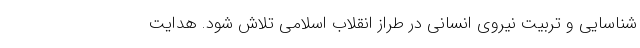
شناسایی و تربیت نیروی انسانی در طراز انقلاب اسلامی تلاش شود. هدایت